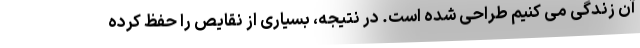
آن زندگی می کنیم طراحی شده است. در نتیجه، بسیاری از نقایص را حفظ کرده